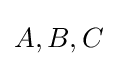
A,B,C